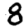
Digit: 8